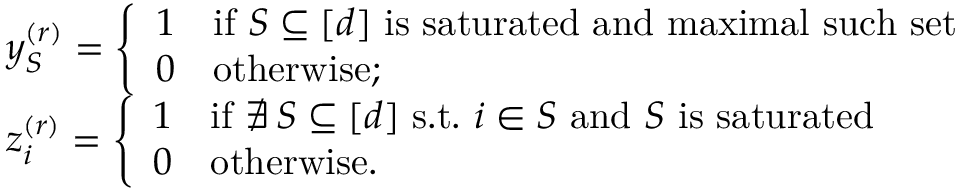
\begin{array} { r l } & { y _ { S } ^ { ( r ) } = \left\{ \begin{array} { l l } { 1 } & { \mathrm { i f ~ } S \subseteq [ d ] \mathrm { ~ i s ~ s a t u r a t e d ~ a n d ~ m a x i m a l ~ s u c h ~ s e t } } \\ { 0 } & { \mathrm { o t h e r w i s e } ; } \end{array} \right. } \\ & { z _ { i } ^ { ( r ) } = \left\{ \begin{array} { l l } { 1 } & { \mathrm { i f ~ } \nexists \, S \subseteq [ d ] \mathrm { ~ s . t . ~ } i \in S \mathrm { ~ a n d ~ } S \mathrm { ~ i s ~ s a t u r a t e d } } \\ { 0 } & { \mathrm { o t h e r w i s e } . } \end{array} \right. } \end{array}